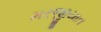
મરજીયાત